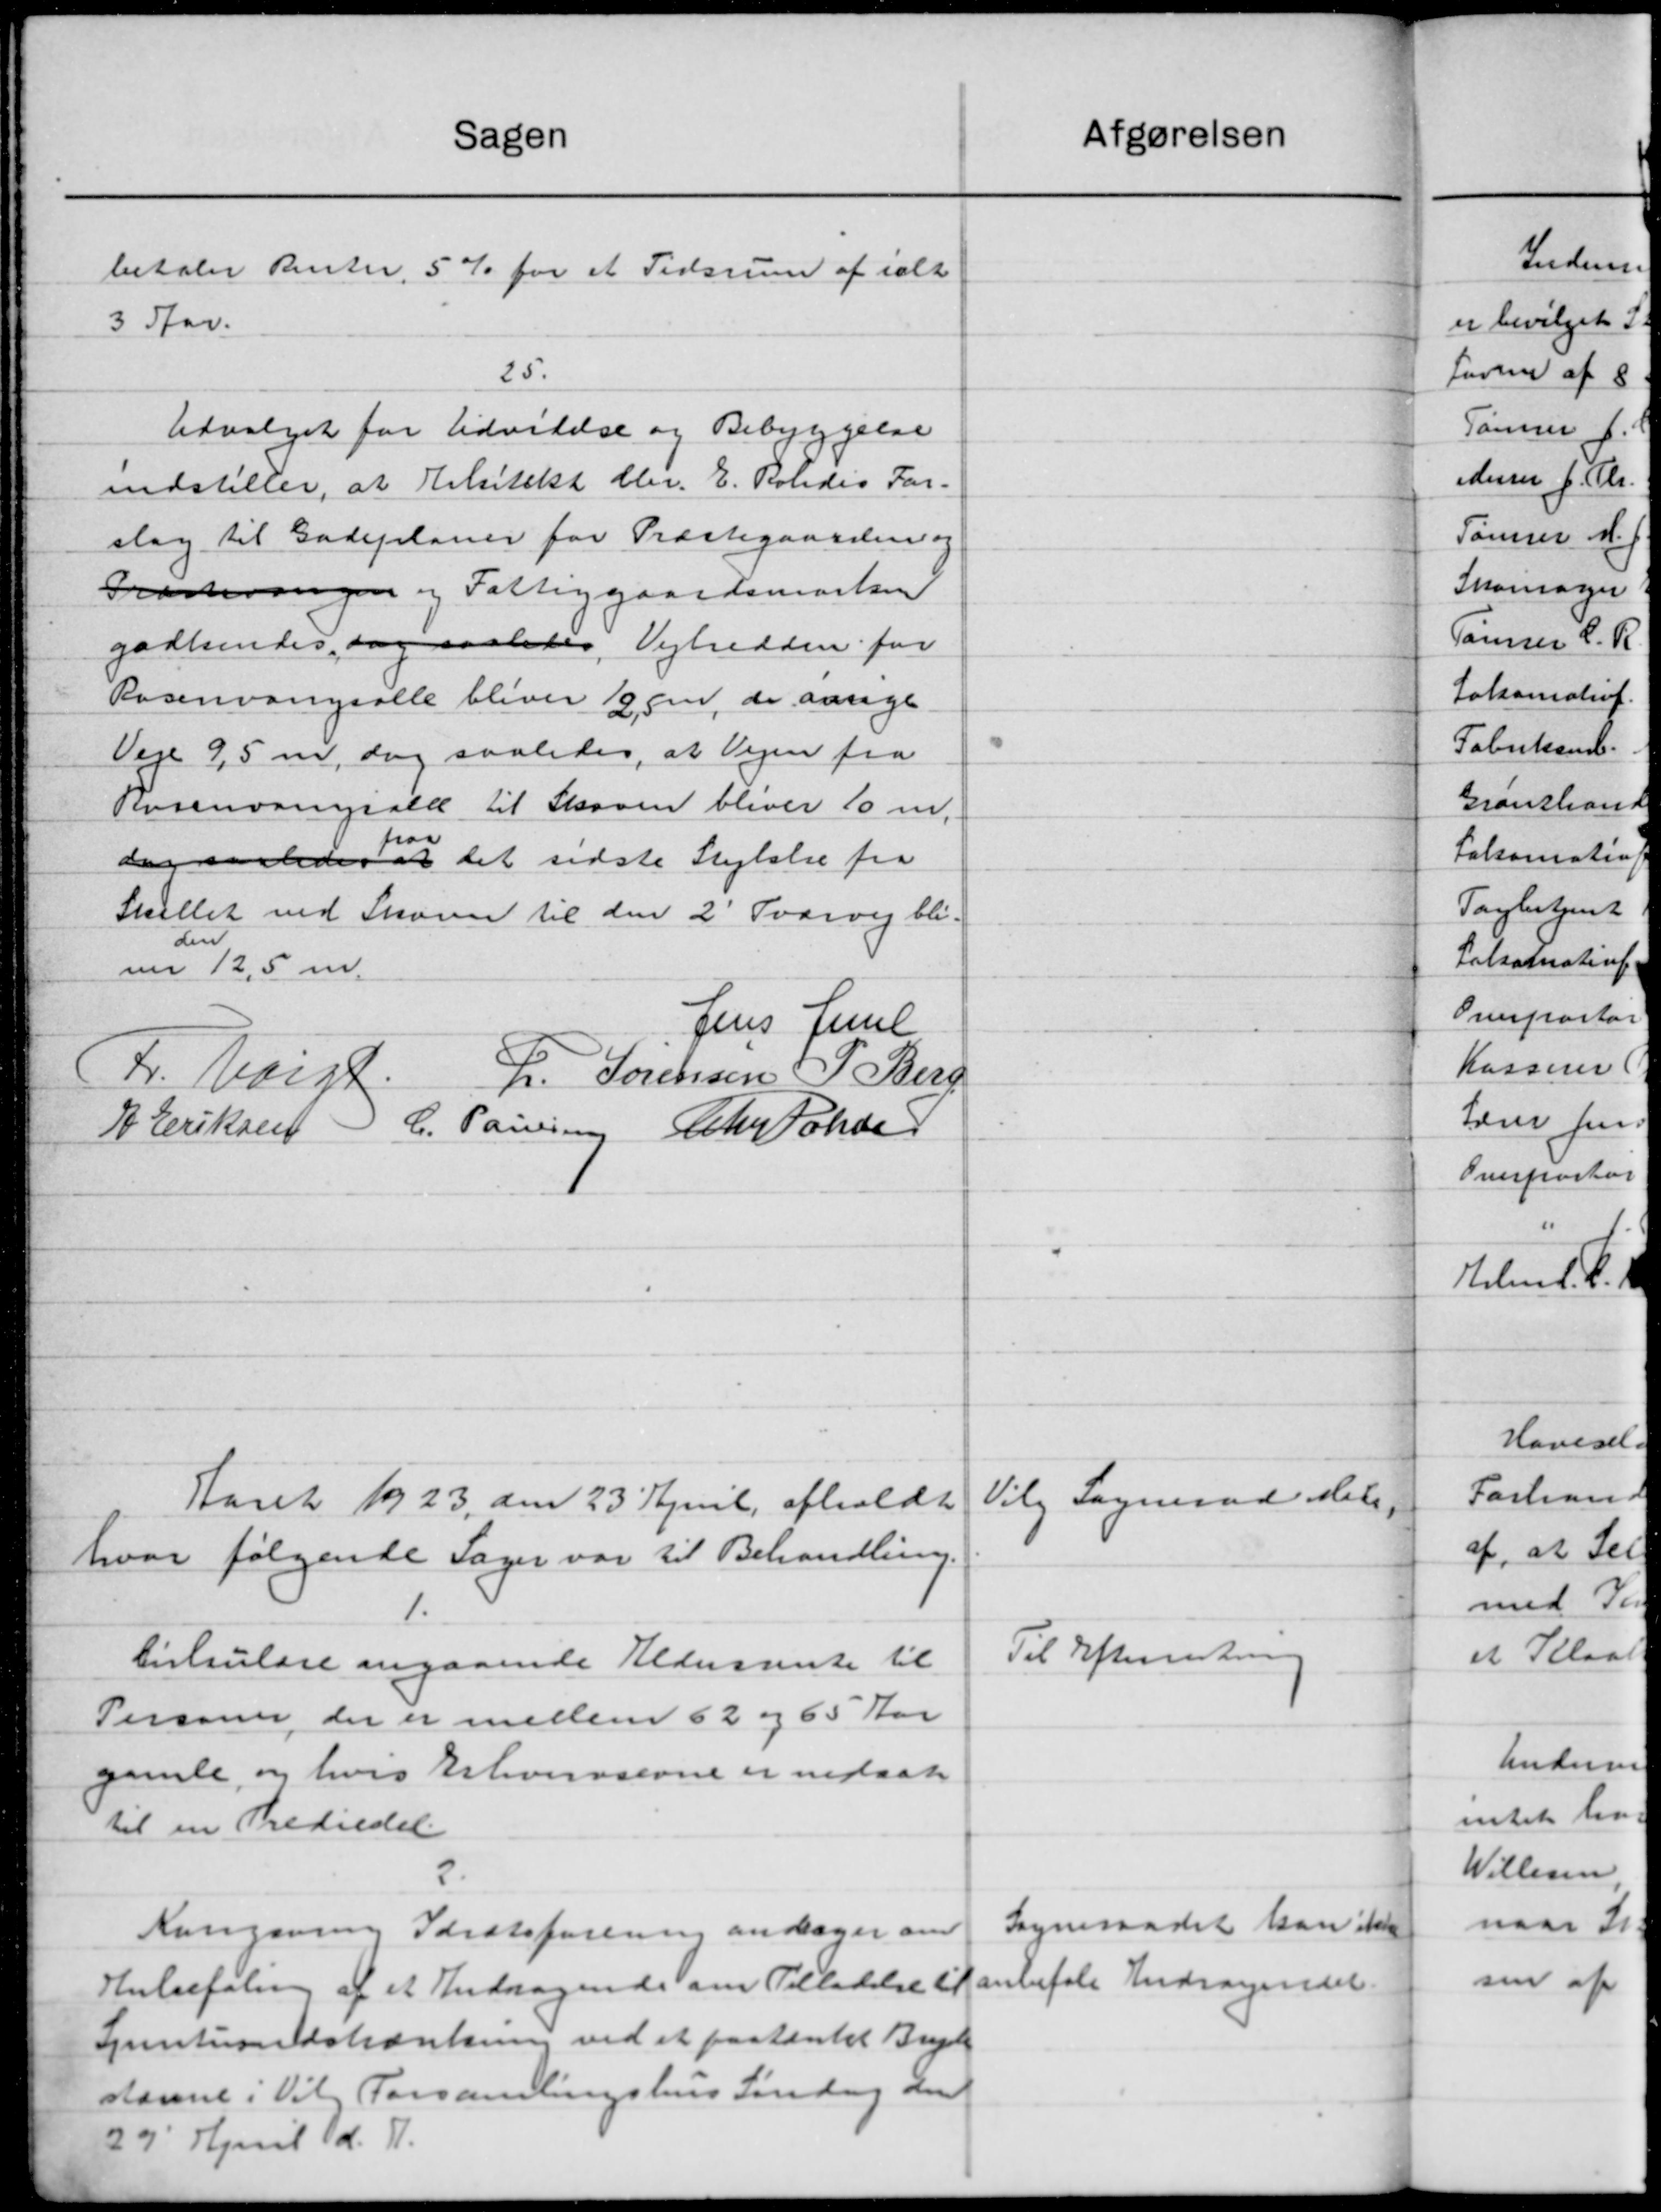
Transskription:
Afgørelsen
Sagen
betaler Renter, 5 % for et Tidsrum af ialt
3 Aar.
25.
Udvalget for Udvidelse og Bebyggelse
indstiller, at Arkitekt Chr. E. Roledis For-
slag til Gadeplaner for Præstegaarden og
Præsteringen og Fattiggaardsmarken
godkendes, dog saaledes Vejbredden for
Rosenvangsalle bliver 195, de aarige
Veje 9,5 m, dog saaledes, at Vejen fra
Rosenvringsald til Skoven bliver 10 m.
saa
dog saaledes at det sidste Stykke fra
Skillet ved Skoven til den 2' Svarvej bli-
den
me 12,5 m.
Jens Juul
L. Sørensen P. Berg
Fr. Voigt
J Eriksen C. Paulsen Chr. Johsen
Vilg Sogneraad de
Aaret 1923 den 23' April afholdt
hvor følgende Sager var til Behandling.
1.
Til Efterretning
Cirkulære angaaende Aldersrente til
Personer, der er mellem 62 og 65 Aar
gamle, og hvis Erhvervsevne er nedsat
til en Trediedel.
2.
Sogneraadet kan ikke
Kongsving Idrætsforening antager om
Hnbefaling af et Andragende om Tilladelse til anbefale Andragendet.
Spentueldstænkning ved et paatænket Bryl
stanne i Vil Forsamlingshus Tirsdag den
29' April d. 11.